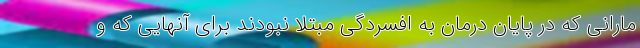
مارانی که در پایان درمان به افسردگی مبتلا نبودند برای آنهایی که و